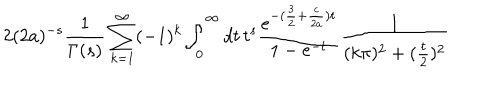
2 ( 2 a ) ^ { - s } \frac { 1 } { \Gamma ( s ) } \sum _ { k = 1 } ^ { \infty } ( - 1 ) ^ { k } \int _ { 0 } ^ { \infty } d t \, t ^ { s } \frac { e ^ { - ( \frac 3 2 + \frac { c } { 2 a } ) t } } { 1 - e ^ { - t } } \frac { 1 } { ( k \pi ) ^ { 2 } + ( \frac t 2 ) ^ { 2 } }